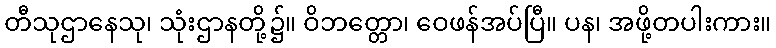
တီသုဌာနေသု၊ သုံးဌာနတို့၌။ ဝိဘတ္တော၊ ဝေဖန်အပ်ပြီ။ ပန၊ အဖို့တပါးကား။